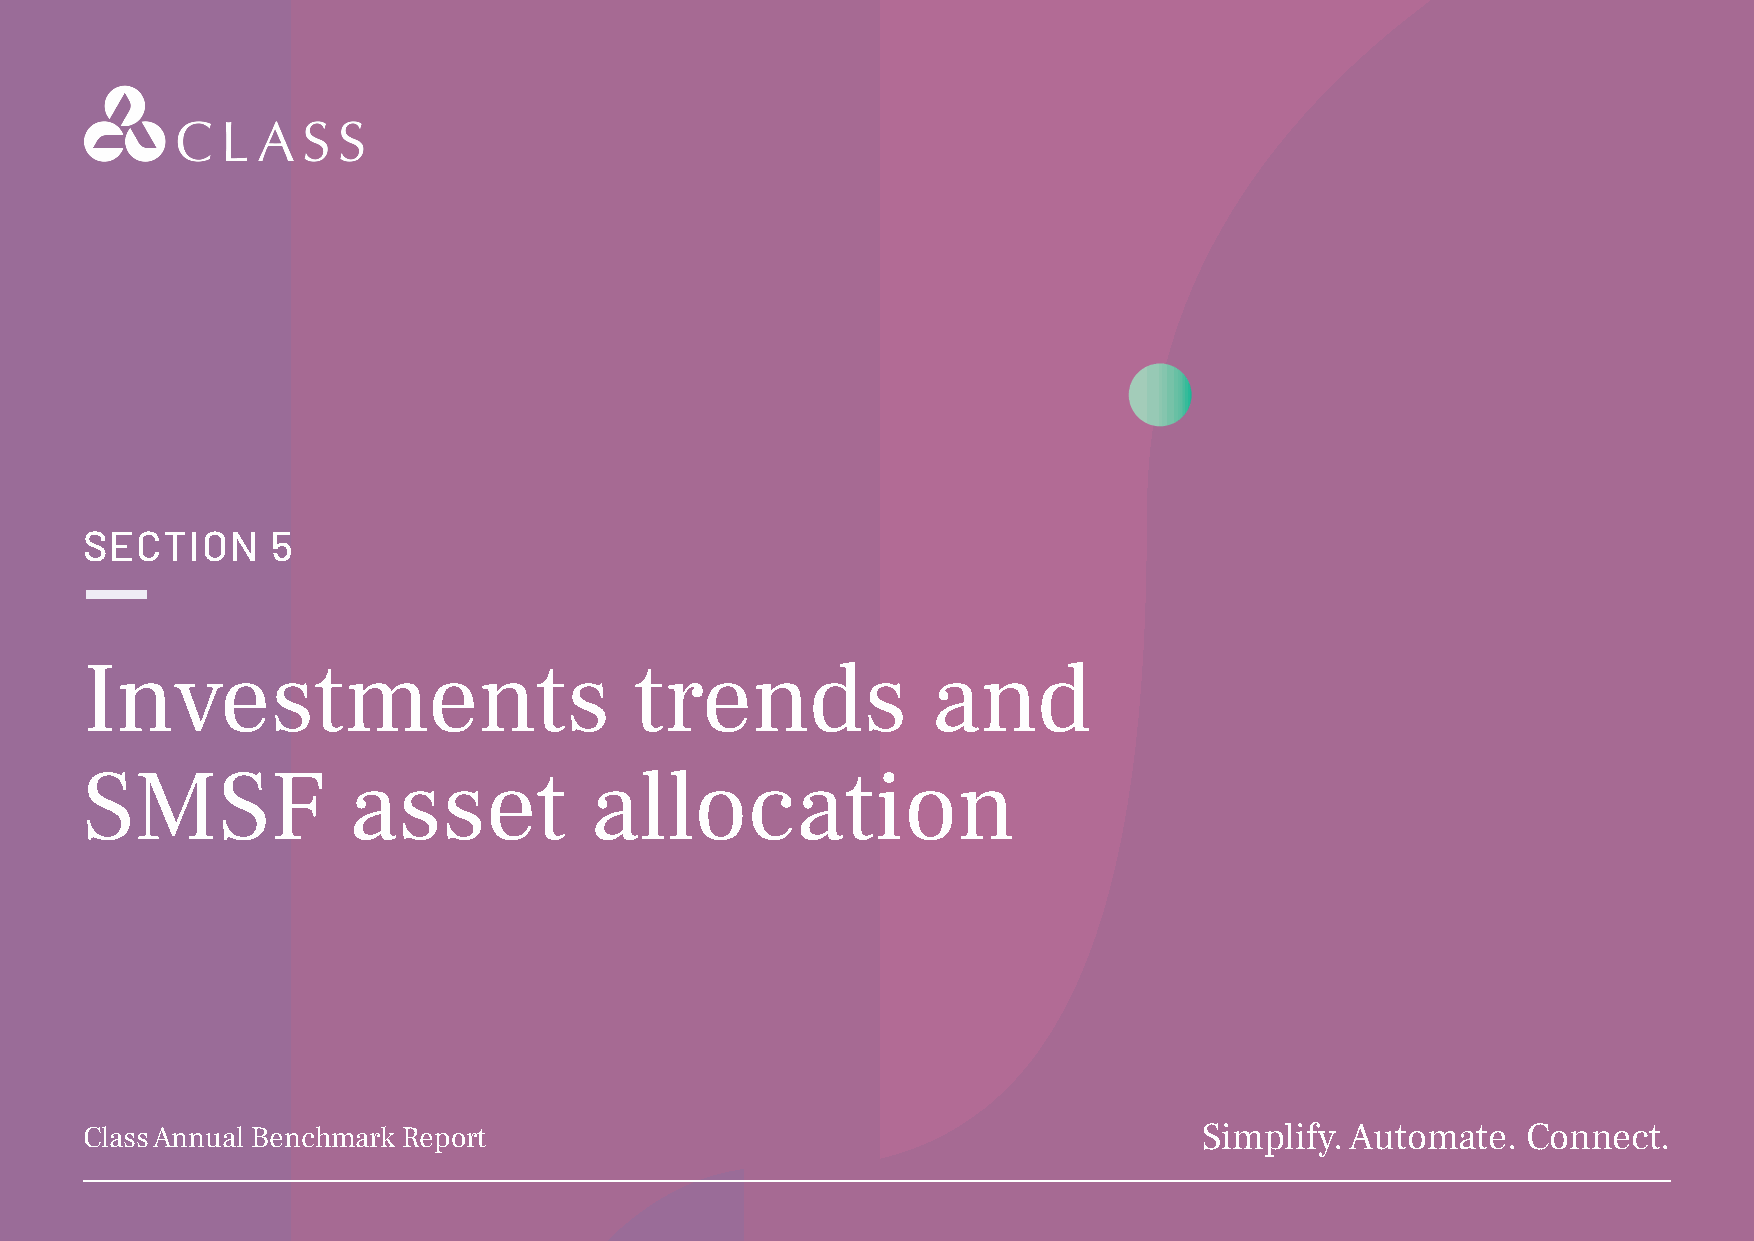
SECTION      5
 Investments                          trends              and
 SMSF              asset           allocation
 Class Annual Benchmark Report                                              Simplify. Automate.  Connect.